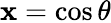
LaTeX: \mathbf{x}=\cos\theta